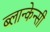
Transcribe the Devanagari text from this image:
ब्लान्केन्सी